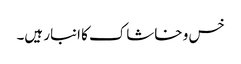
خس و خاشاک کا انبار ہیں۔